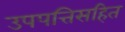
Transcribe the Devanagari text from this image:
उपपत्तिसहित